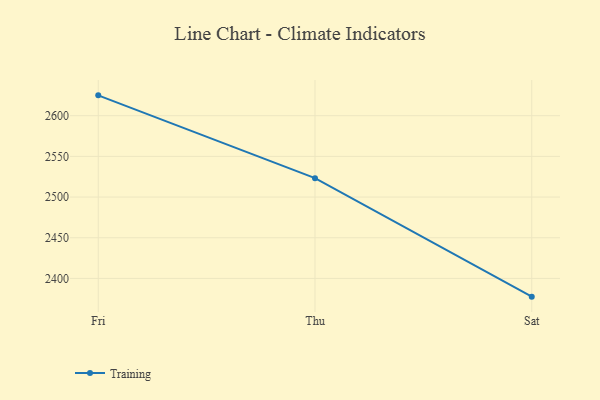
{"axis": {"x": "Day", "y": "Operating Costs (USD K)"}, "legend": ["Training"], "data": [{"x": "Fri", "y": 2625.0, "type": "Training"}, {"x": "Thu", "y": 2523.2, "type": "Training"}, {"x": "Sat", "y": 2377.6, "type": "Training"}]}